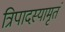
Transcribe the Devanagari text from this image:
त्रिपादस्यामृतं